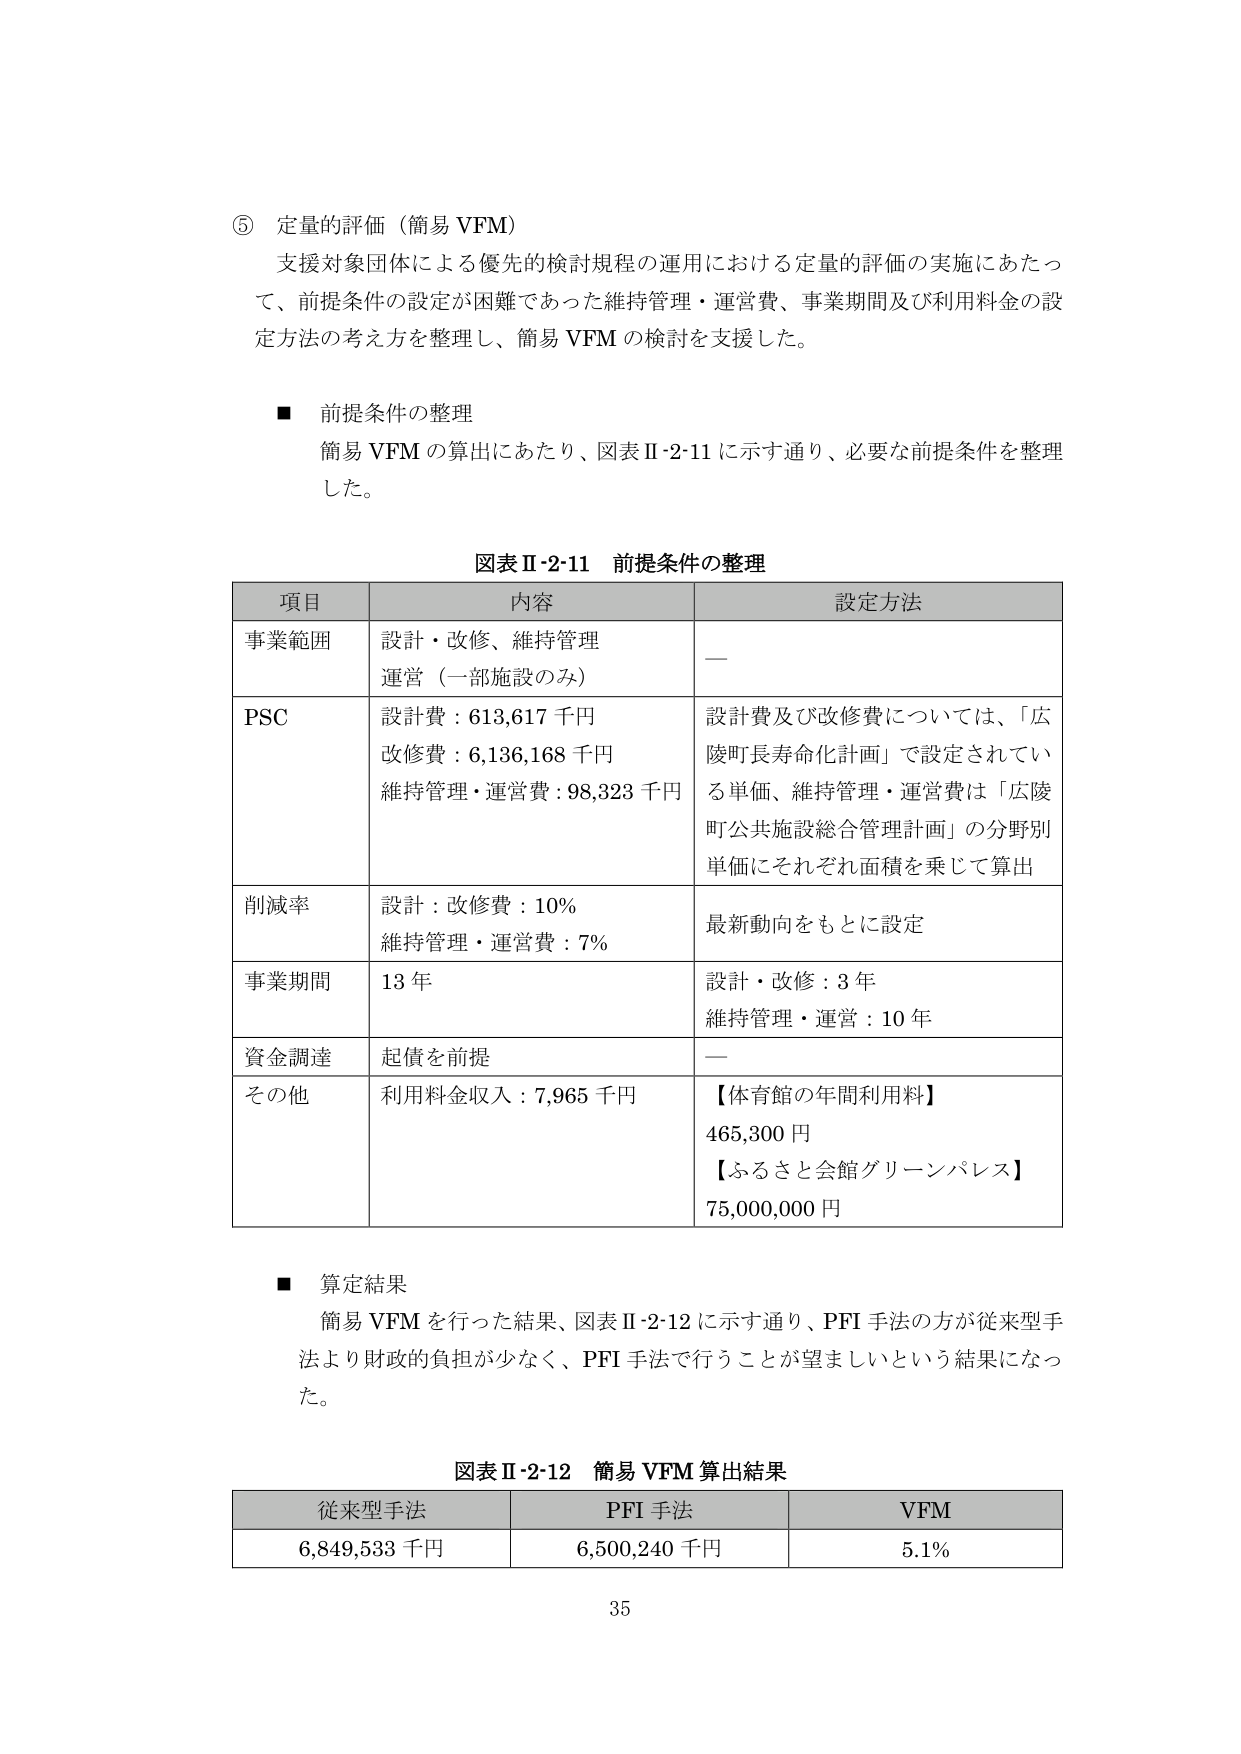
⑤ 定量的評価（簡易 VFM）
支援対象団体による優先的検討規程の運用における定量的評価の実施にあたって、前提条件の設定が困難であった維持管理・運営費、事業期間及び利用料金の設定方法の考え方を整理し、簡易 VFM の検討を支援した。

■ 前提条件の整理
簡易 VFM の算出にあたり、図表Ⅱ-2-11 に示す通り、必要な前提条件を整理した。

図表Ⅱ-2-11 前提条件の整理
| 項目 | 内容 | 設定方法 |
|------|------|----------|
| 事業範囲 | 設計・改修、維持管理<br>運営（一部施設のみ） | — |
| PSC | 設計費：613,617 千円<br>改修費：6,136,168 千円<br>維持管理・運営費：98,323 千円 | 設計費及び改修費については、「広陵町長寿命化計画」で設定されている単価、維持管理・運営費は「広陵町公共施設総合管理計画」の分野別単価にそれぞれ面積を乗じて算出 |
| 削減率 | 設計：改修費：10%<br>維持管理・運営費：7% | 最新動向をもとに設定 |
| 事業期間 | 13 年 | 設計・改修：3 年<br>維持管理・運営：10 年 |
| 資金調達 | 起債を前提 | — |
| その他 | 利用料金収入：7,965 千円 | 【体育館の年間利用料】<br>465,300 円<br>【ふるさと会館グリーンパレス】<br>75,000,000 円 |

■ 算定結果
簡易 VFM を行った結果、図表Ⅱ-2-12 に示す通り、PFI 手法の方が従来型手法より財政的負担が少なく、PFI 手法で行うことが望ましいという結果になった。

図表Ⅱ-2-12 簡易 VFM 算出結果
| 従来型手法 | PFI 手法 | VFM |
|------------|----------|-----|
| 6,849,533 千円 | 6,500,240 千円 | 5.1% |

35